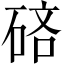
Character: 𰧄